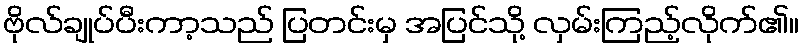
ဗိုလ်ချုပ်ပီးကာ့သည် ပြတင်းမှ အပြင်သို့ လှမ်းကြည့်လိုက်၏။